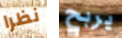
نظرا يربح